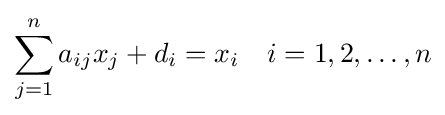
\sum _{j=1}^{n}a_{ij}x_{j}+d_{i}=x_{i}\quad i=1,2,\ldots ,n